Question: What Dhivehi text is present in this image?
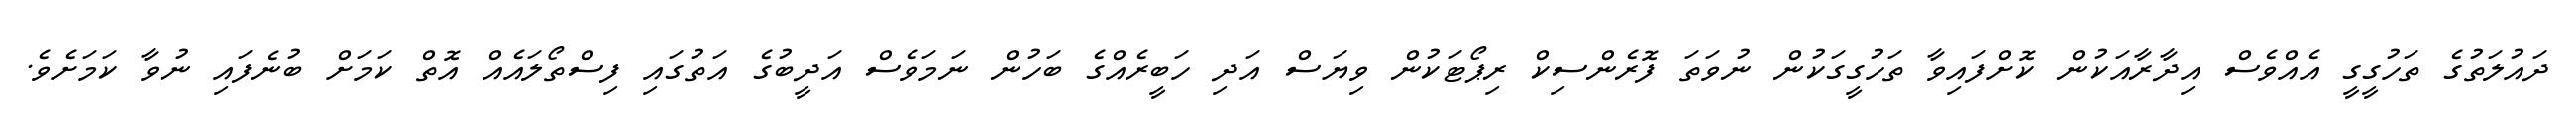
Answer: ދައުލަތުގެ ތަހުގީގީ އެއްވެސް އިދާރާއަކުން ކޮށްފައިވާ ތަހުގީގަކުން ނުވަތަ ފޮރެންސިކް ރިޕޯޓަކުން ވިޔަސް އަދި ހަބީރެއްގެ ބަހުން ނަމަވެސް އަދީބުގެ އަތުގައި ފިސްތޯލައެއް އޮތް ކަމަށް ބުނެފައި ނުވާ ކަމަށެވެ.